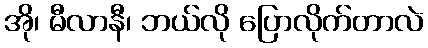
အို၊ မီလာနီ၊ ဘယ်လို ပြောလိုက်တာလဲ